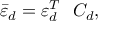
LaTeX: { \bar { \varepsilon } _ { d } } = \varepsilon _ { d } ^ { T } \ \ C _ { d } ,